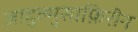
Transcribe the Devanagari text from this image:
जादुल्मुसाफ़िरीन